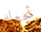
تجعله